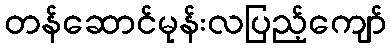
တန်ဆောင်မုန်းလပြည့်ကျော်